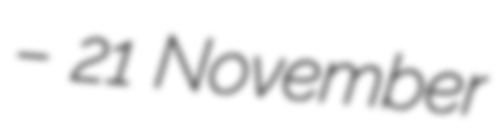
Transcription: – 21 November